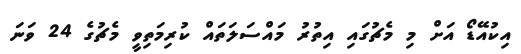
އިކުއޭޑޯ އަށް މި މެޗުގައި އިތުރު މައްސަލަތައް ކުރިމަތިވީ މެޗުގެ 24 ވަނަ